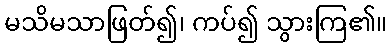
မသိမသာဖြတ်၍၊ ကပ်၍ သွားကြ၏။